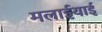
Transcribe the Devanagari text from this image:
मलाईयाई